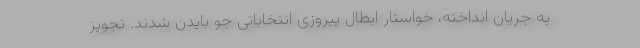
به جریان انداخته، خواستار ابطال پیروزی انتخاباتی جو بایدن شدند. تجویز